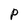
Character: P